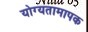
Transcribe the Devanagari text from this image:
योग्यतामापक